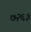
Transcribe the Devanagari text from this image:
७२६३